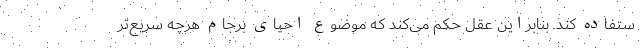
ستفاده کند. بنابراین عقل حکم می‌کند که موضوع احیای برجام هرچه سریع‌تر